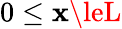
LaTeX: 0\le\mathbf{x}\leL